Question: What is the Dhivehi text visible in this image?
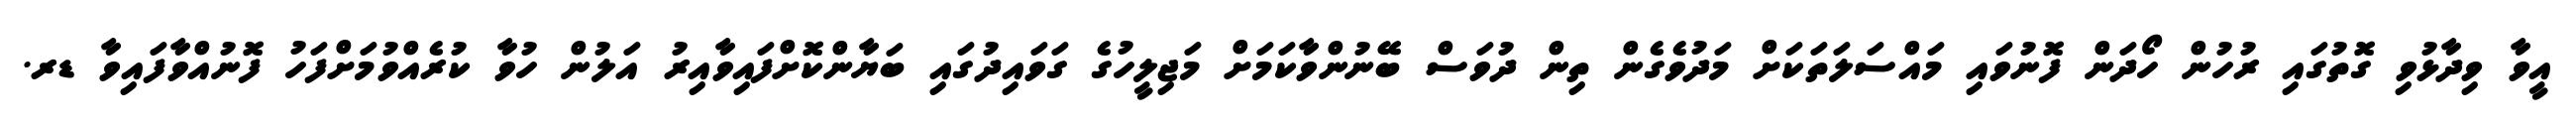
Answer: އީވާ ވިދާޅުވި ގޮތުގައި ރުހުން ހޯދަން ފޮނުވައި މައްސަލަތަކަށް މަދުވެގެން ތިން ދުވަސް ބޭނުންވާކަމަށް މަޖިލީހުގެ ގަވައިދުގައި ބަޔާންކޮށްފައިވާއިރު އަލުން ހުވާ ކުރެއްވުމަށްފަހު ފޮނުއްވާފައިވާ ޑރ.